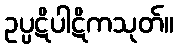
ဥပ္ပဋိပါဋိကသုတ်။